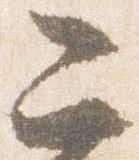
二